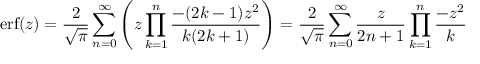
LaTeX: \operatorname { e r f } ( z ) = { \frac { 2 } { \sqrt { \pi } } } \sum _ { n = 0 } ^ { \infty } \left( z \prod _ { k = 1 } ^ { n } { \frac { - ( 2 k - 1 ) z ^ { 2 } } { k ( 2 k + 1 ) } } \right) = { \frac { 2 } { \sqrt { \pi } } } \sum _ { n = 0 } ^ { \infty } { \frac { z } { 2 n + 1 } } \prod _ { k = 1 } ^ { n } { \frac { - z ^ { 2 } } { k } }